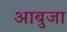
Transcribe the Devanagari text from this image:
आबुजा